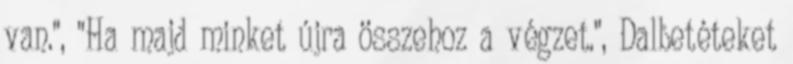
van.", "Ha majd minket újra összehoz a végzet.", Dalbetéteket